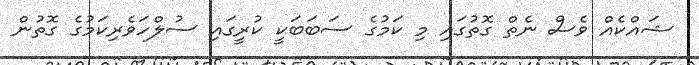
ޝައްކެއް ވެސް ނެތް ގޮތުގައި މި ކަމުގެ ސަބަބަކީ ކުރީގައި ސުލްހަވެރިކަމުގެ ގޮތުން